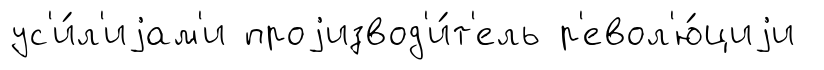
ус'и́л'иjам'и проjизвод'и́т'ель р'евол'ю́циjи